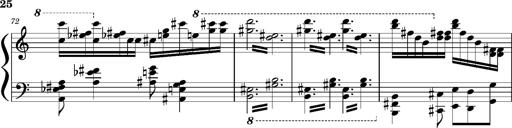
Title: Concerto sans orchestre, S.524a
Composer: Franz Liszt
Key: A major